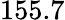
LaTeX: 155.7